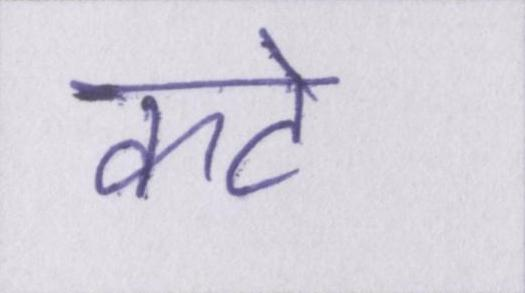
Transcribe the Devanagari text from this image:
कटे